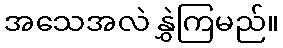
အသေအလဲ နွှဲကြမည်။